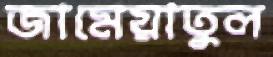
জামেয়াতুল